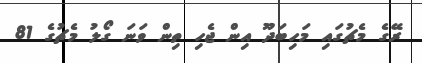
ރޭގެ މެޗުގައި މަހިބަދޫ އިން ޖެހި ތިން ވަނަ ގޯލު މެޗުގެ 81